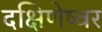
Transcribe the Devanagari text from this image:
दक्षिणेष्वर